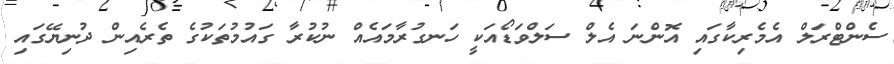
ސެންޓްރަލް އެމެރިކާގައި އޮންނަ އެލް ސަލްވަޑޯއަކީ ހަނގުރާމައެއް ނުކުރާ ގައުމުތަކުގެ ތެރެއިން ދުނިޔޭގައި